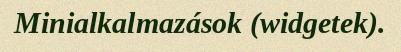
Minialkalmazások (widgetek).